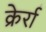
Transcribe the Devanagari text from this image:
क्रेर्रा